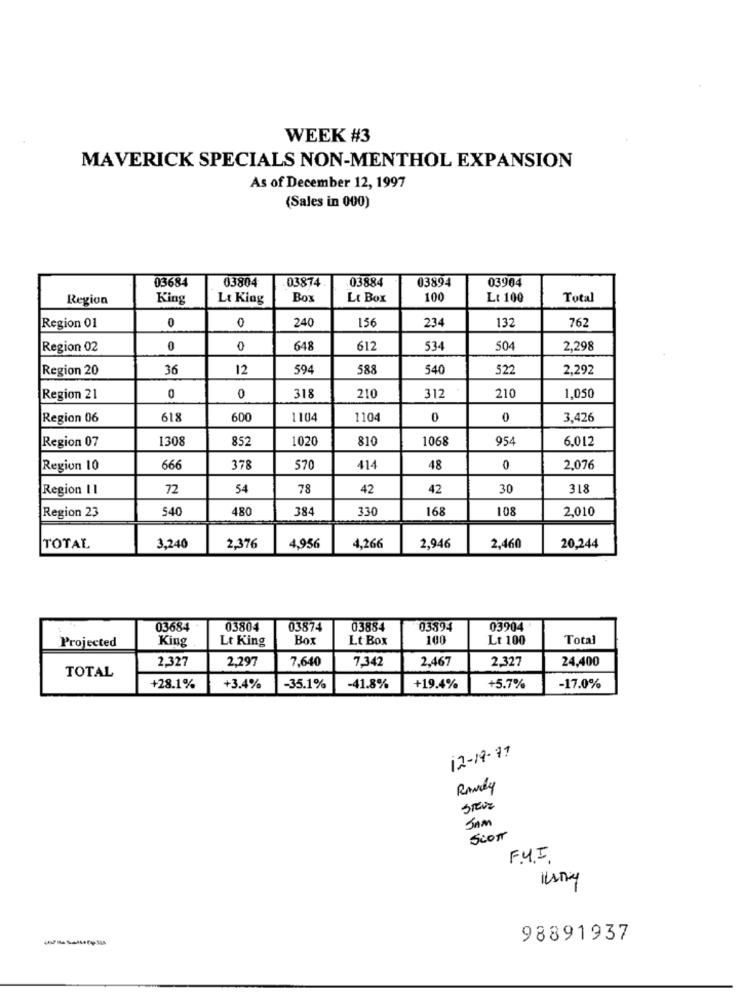
WEEK #3
MAVERICK SPECIALS NON-MENTHOL EXPANSION
As of December 12, 1997
(Sales in 000)
03684
03804
03874
03884
03894
03904
Region
King
Lt King
Box
Lt Box
100
Lt 100
Total
0
0
240
156
234
132
762
Region 01
Region 02
0
0
648
612
53
504
2,298
Region 20
36
12
594
588
540
522
2,292
Region 21
0
0
318
210
312
210
1,050
Region 06
618
600
1104
1104
0
0
3,426
Region 07
1308
852
1020
810
1068
954
6,012
Region 10
666
378
570
414
48
0
2,076
Region II
72
54
78
42
42
30
318
Region 23
540
480
384
330
168
108
2,010
TOTAL
3,240
2,376
4,956
4,266
2,946
2,460
20,244
03684
03804
03874
03884
03894
03904
King
Lt King
Box
Lt Box
100
Lt 100
Total
Projected
2,327
2,297
7,640
7,342
2,467
2,327
24,400
TOTAL
+28.1%
+3.4%
-35.1%
-41.8%
+19.4%
+5.7%
-17.0%
12-19-77
STEVE
JAM
Scor
FYI
98891937